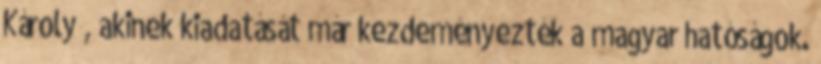
Károly , akinek kiadatását már kezdeményezték a magyar hatóságok.